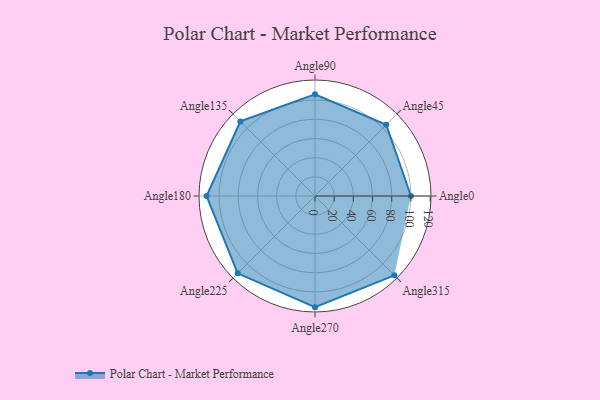
{"axis": {"x": "Angle", "y": "Radius"}, "legend": [""], "data": [{"x": "Angle0", "y": 100.0, "type": ""}, {"x": "Angle45", "y": 105.0, "type": ""}, {"x": "Angle90", "y": 106.0, "type": ""}, {"x": "Angle135", "y": 110.0, "type": ""}, {"x": "Angle180", "y": 113.0, "type": ""}, {"x": "Angle225", "y": 114.0, "type": ""}, {"x": "Angle270", "y": 116.0, "type": ""}, {"x": "Angle315", "y": 117.0, "type": ""}]}